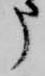
申